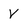
Character: V